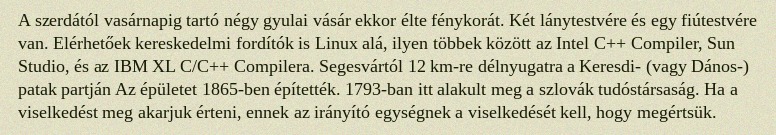
A szerdától vasárnapig tartó négy gyulai vásár ekkor élte fénykorát. Két lánytestvére és egy fiútestvére van. Elérhetőek kereskedelmi fordítók is Linux alá, ilyen többek között az Intel C++ Compiler, Sun Studio, és az IBM XL C/C++ Compilera. Segesvártól 12 km-re délnyugatra a Keresdi- (vagy Dános-) patak partján Az épületet 1865-ben építették. 1793-ban itt alakult meg a szlovák tudóstársaság. Ha a viselkedést meg akarjuk érteni, ennek az irányító egységnek a viselkedését kell, hogy megértsük.